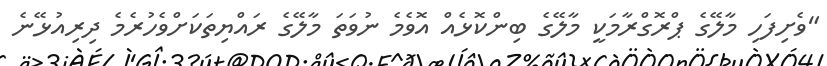
"ވެށިފަހި މާލޭގެ ޕްރޮގްރާމަކީ މާލޭގެ ބިންކޮޅެއް އޮވެމެ ނުވަތަ މާލޭގެ ރައްޔިތަކަށްވެހުރެމެ ދިރިއުޅޭނެ